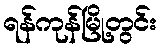
ရန်ကုန်မြို့တွင်း